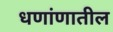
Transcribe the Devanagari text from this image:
धणांणातील